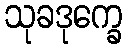
သုခဒုက္ခေ